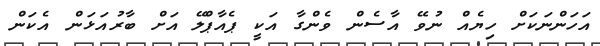
އަހަންނަކަށް ހިޔެއް ނުވޭ އާސެން ވެންގާ އަކީ ޕެއާޕްލޭ އަށް ބާރުއަޅަން އެކަން